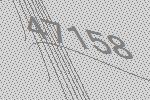
47158